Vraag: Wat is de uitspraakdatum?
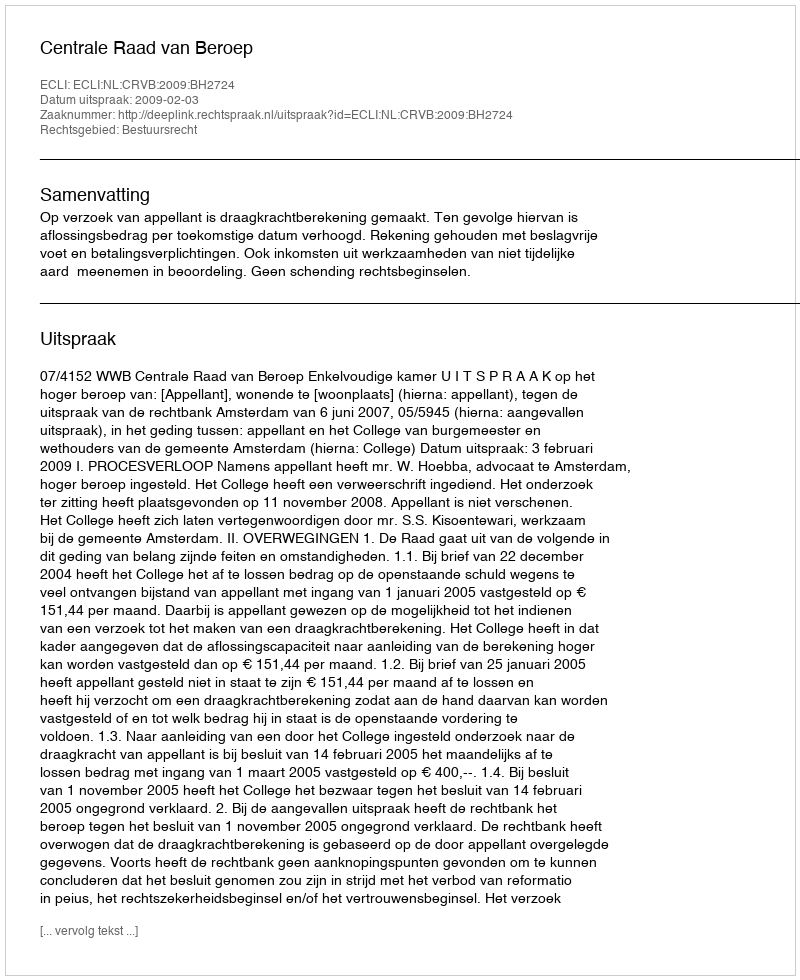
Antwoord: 2009-02-03